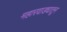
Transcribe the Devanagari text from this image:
महारवाड्यातून